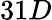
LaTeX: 31D